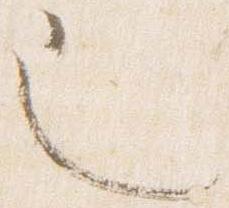
也